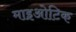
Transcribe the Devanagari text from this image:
माइओटिक